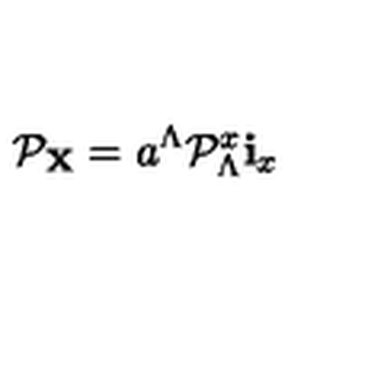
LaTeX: { \cal P } _ { \bf X } = a ^ { \Lambda } { \cal P } _ { \Lambda } ^ { x } { \bf i } _ { x }